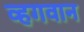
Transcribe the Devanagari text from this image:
व्हगवान